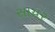
સાયર